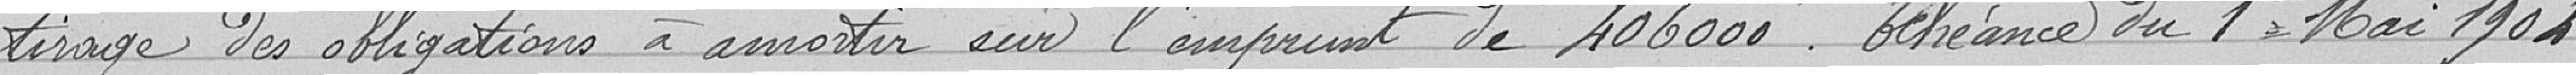
tirage des obligations à amortir sur l'emprunt de 406 000 francs. Echéance du 1er Mai 1904.